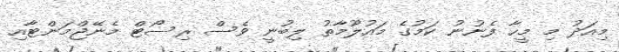
މިއަދު މި މީހާ ފެނުނު ކަމުގެ މައުލޫމާތު ލިބުނީ ވެސް ރިސޯޓް މެނޭޖްމަންޓާއި